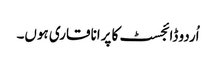
اُردو ڈائجسٹ کا پرانا قاری ہوں۔